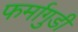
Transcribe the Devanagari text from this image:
फर्मागुडी